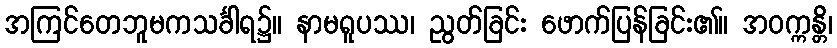
အကြင်တေဘူမကသင်္ခါရ၌။ နာမရူပဿ၊ ညွတ်ခြင်း ဖောက်ပြန်ခြင်း၏။ အဝက္ကန္တိ၊